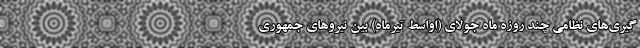
گیری‌های نظامی چند روزه ماه جولای (اواسط تیرماه) بین نیروهای جمهوری